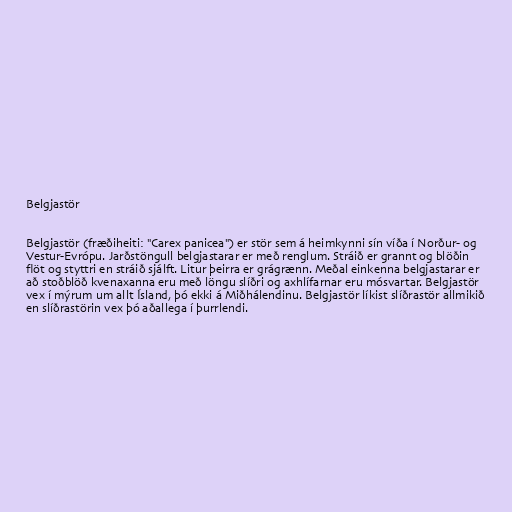
Belgjastör

Belgjastör (fræðiheiti: "Carex panicea") er stör sem á heimkynni sín víða í Norður- og
Vestur-Evrópu. Jarðstöngull belgjastarar er með renglum. Stráið er grannt og blöðin
flöt og styttri en stráið sjálft. Litur þeirra er grágrænn. Meðal einkenna belgjastarar er
að stoðblöð kvenaxanna eru með löngu slíðri og axhlífarnar eru mósvartar. Belgjastör
vex í mýrum um allt Ísland, þó ekki á Miðhálendinu. Belgjastör líkist slíðrastör allmikið
en slíðrastörin vex þó aðallega í þurrlendi.